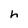
Character: h